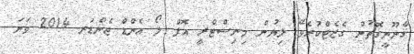
ޤާނޫނީގޮތުން ގެޒެޓްކުރެވޭ ލިޔުން މިނިސްޓްރީ އޮފް ލޯ އެންޑް ޖެންޑަރ 2014 ވަނަ